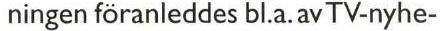
ningen föranleddes bl.a. av TV-nyhe-